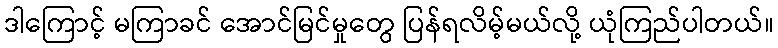
ဒါကြောင့် မကြာခင် အောင်မြင်မှုတွေ ပြန်ရလိမ့်မယ်လို့ ယုံကြည်ပါတယ်။